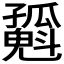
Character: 𡦶